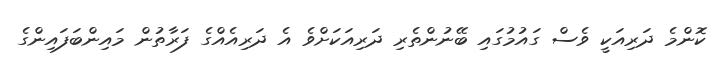
ކޮންމެ ދަރިއަކީ ވެސް ގައުމުގައި ބޭނުންތެރި ދަރިއަކަށްވެ އެ ދަރިއެއްގެ ފަރާތުން މައިންބަފައިންގެ